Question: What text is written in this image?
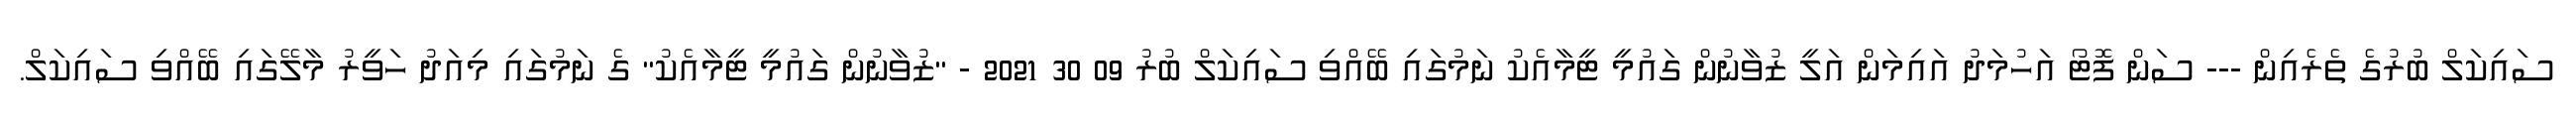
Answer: ސައިކަލް ބުރުގެ ތެރެއިން --- ސަން ފޮޓޯ އަހުމަދު އައިމަން އަލީ ޒުވާނުން ގައުމީ ޓީމާއެކު ނަމުގައި ބޭއްވި ސައިކަލް ބުރު 09 30 2021 - "ޒުވާނުން ގައުމީ ޓީމާއެކު" ގެ ނަމުގައި މިއަދު ހަވީރު މާލޭގައި ބޭއްވި ސައިކަލް.